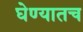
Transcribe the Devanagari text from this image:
घेण्यातच